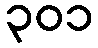
၃၀၁